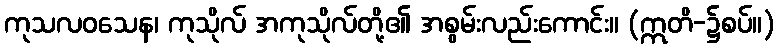
ကုသလဝသေန၊ ကုသိုလ် အကုသိုလ်တို့၏ အစွမ်းလည်းကောင်း။ (ဣတိ-၌စပ်။)